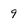
Character: 9